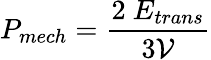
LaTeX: P_{{mech}}=\frac{2~E_{trans}}{3\mathcal{V}}